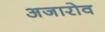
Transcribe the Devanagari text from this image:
अजारोव